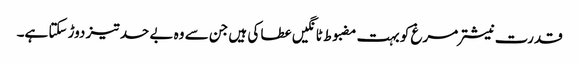
قدرت نیشتر مرغ کو بہت مضبوط ٹانگیں عطا کی ہیں جن سے وہ بے حد تیز دوڑ سکتا ہے۔